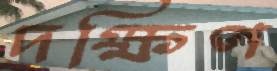
দক্ষিণ